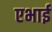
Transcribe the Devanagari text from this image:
एभाई